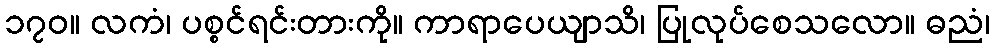
၁၇၀။ လကံ၊ ပစ္စင်ရင်းတားကို။ ကာရာပေယျာသိ၊ ပြုလုပ်စေသလော။ ဓညံ၊